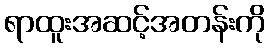
ရာထူးအဆင့်အတန်းကို